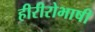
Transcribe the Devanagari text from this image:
हीरीरोभाषी